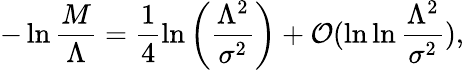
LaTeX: -\ln\frac{M}{\Lambda}=\frac{1}{4}\ln\left(\frac{\Lambda^{2}}{\sigma^{2}}\right)+{\cal O}(\ln\ln\frac{\Lambda^{2}}{\sigma^{2}}),